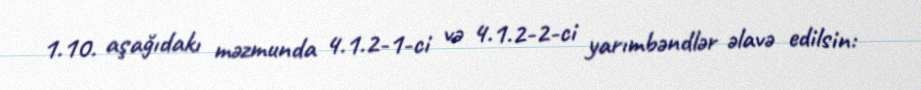
1.10. aşağıdakı məzmunda 4.1.2-1-ci və 4.1.2-2-ci yarımbəndlər əlavə edilsin: